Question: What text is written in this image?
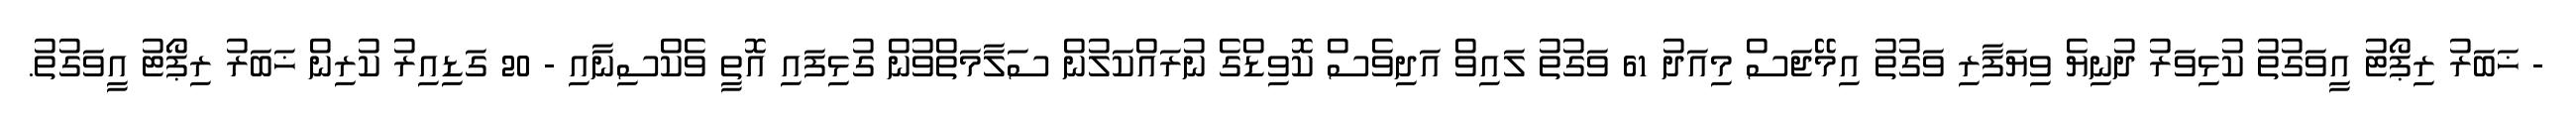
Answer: - ޚަބަރު ރިޕޯޓު އީވަގުތު ކުޅިވަރު ދުނިޔެ ވިޔަފާރި ވަގުތު އިމޭޖަސް މިއަދު 61 ވަގުތު ލައިވް އަދިވެސް ކޮވިޑްގެ ނުރައްކަލުން ސަލާމަތްވުން ގުޅިފައި އޮތީ ވެކްސިނާއި - 20 ގަޑިއިރު ކުރިން ޚަބަރު ރިޕޯޓު އީވަގުތު.